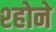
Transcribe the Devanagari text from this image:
श्होने